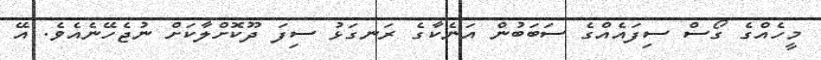
މީހެއްގެ ގޯސް ސިފައެއްގެ ސަބަބުން އަނެކާގެ ރަނގަޅު ސިފަ ދޫކޮށްލާކަށް ނުޖެހޭނެއެވެ. އޭ